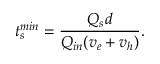
t _ { s } ^ { m i n } = \frac { Q _ { s } d } { Q _ { i n } ( v _ { e } + v _ { h } ) } .